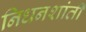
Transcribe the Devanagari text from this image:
निधनशांती